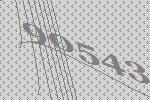
90543